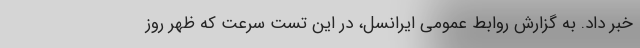
خبر داد. به گزارش روابط عمومی ایرانسل، در این تست سرعت که ظهر روز